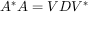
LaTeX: A ^ { * } A = V D V ^ { * }